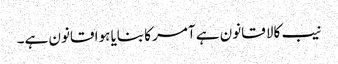
نیب کالا قانون ہے آمر کا بنایا ہوا قانون ہے۔